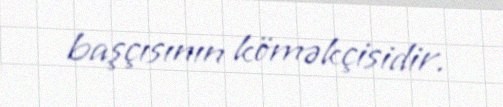
başçısının köməkçisidir.